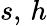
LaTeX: s,\, h